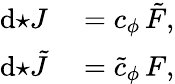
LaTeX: \begin{array}{rl}{\mathrm{d}{\star J}}&{{}=c_{\phi}\, \tilde{F},}\\ {\mathrm{d}{\star\tilde{J}}}&{{}=\tilde{c}_{\phi}\, F,}\end{array}